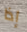
إذا